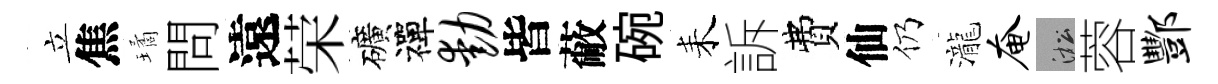
立焦璚問遠荣礦禪动皆蔽碗耒訴費仙仍瀧奄淞蓉酆